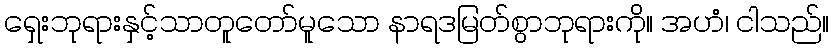
ရှေးဘုရားနှင့်သာတူတော်မူသော နာရဒမြတ်စွာဘုရားကို။ အဟံ၊ ငါသည်။